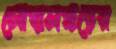
লোহালক্কড়ের